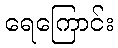
ရေကြောင်း